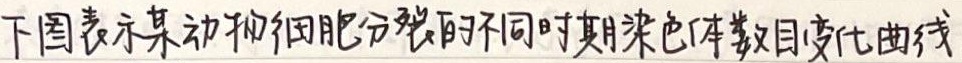
下图表示某动物细胞分裂的不同时期染色体数目变化曲线